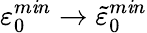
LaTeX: \varepsilon_{0}^{m\mathit{i}n}\to\tilde{{\varepsilon}}_{0}^{m\mathit{i}n}